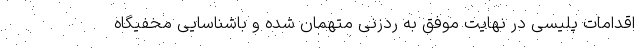
اقدامات پلیسی در نهایت موفق به ردزنی متهمان شده و باشناسایی مخفیگاه